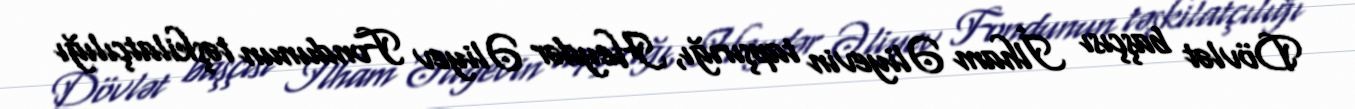
Dövlət başçısı İlham Əliyevin tapşırığı, Heydər Əliyev Fondunun təşkilatçılığı